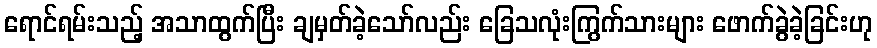
ရောင်ရမ်းသည့် အသာထွက်ပြီး ချမှတ်ခဲ့သော်လည်း ခြေသလုံးကြွက်သားများ ဖောက်ခွဲခဲ့ခြင်းဟု